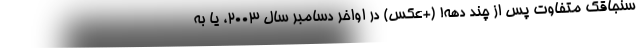
سنجاقک متفاوت پس از چند دهه! (+عکس) در اواخر دسامبر سال 2003، یا به